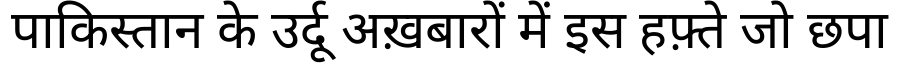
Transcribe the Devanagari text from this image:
पाकिस्तान के उर्दू अख़बारों में इस हफ़्ते जो छपा